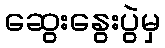
ဆွေးနွေးပွဲမှ